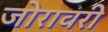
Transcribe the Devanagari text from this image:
जोरावरी